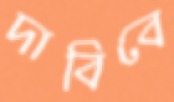
দাবিবে